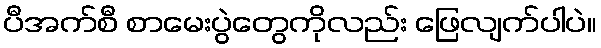
ပီအက်စီ စာမေးပွဲတွေကိုလည်း ဖြေလျက်ပါပဲ။